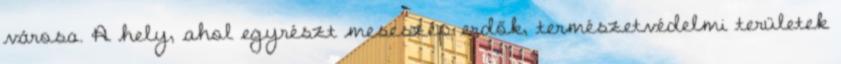
városa. A hely, ahol egyrészt meseszép erdők, természetvédelmi területek